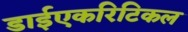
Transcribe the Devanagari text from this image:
डाईएकरिटिकल